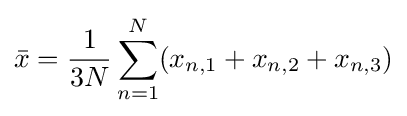
{\bar {x}}={\frac {1}{3N}}\sum _{n=1}^{N}(x_{n,1}+x_{n,2}+x_{n,3})